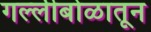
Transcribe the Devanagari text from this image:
गल्लीबोळातून